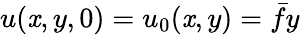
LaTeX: u(\mathit{x},y,0)=u_{0}(\mathit{x},y)=\bar{{f}}y